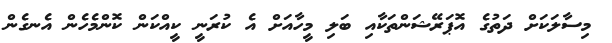
މިސާލަކަށް ދަތުގެ އޮޕަރޭޝަންތަކާއި ބަލި މީހާއަށް އެ ކުރަނީ ކީއްކަން ކޮންމެހެން އެނގެން